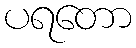
ပရတော